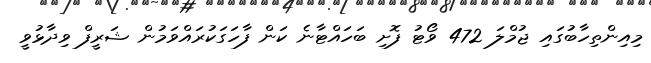
މިއިންތިހާބުގައި ޖުމްލަ 472 ވޯޓު ފޮށި ބަހައްޓާނެ ކަން ފާހަގަކުރައްވަމުން ޝަރީފް ވިދާޅުވީ